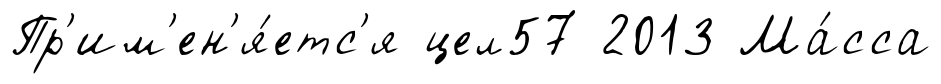
Пр'им'ен'я́етс'я цел57 2013 Ма́сса